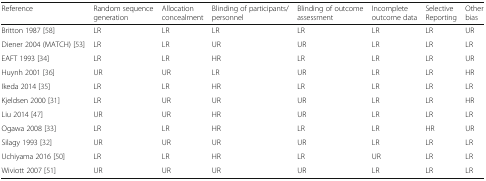
<table><thead><tr><td><b>Reference</b></td><td><b>Random sequence generation</b></td><td><b>Allocation concealment</b></td><td><b>Blinding of participants/personnel</b></td><td><b>Blinding of outcome assessment</b></td><td><b>Incomplete outcome data</b></td><td><b>Selective Reporting</b></td><td><b>Other bias</b></td></tr></thead><tbody><tr><td>Britton 1987 [58]</td><td>LR</td><td>LR</td><td>LR</td><td>LR</td><td>LR</td><td>LR</td><td>UR</td></tr><tr><td>Diener 2004 (MATCH) [53]</td><td>LR</td><td>LR</td><td>UR</td><td>UR</td><td>LR</td><td>LR</td><td>LR</td></tr><tr><td>EAFT 1993 [34]</td><td>LR</td><td>LR</td><td>HR</td><td>LR</td><td>LR</td><td>LR</td><td>UR</td></tr><tr><td>Huynh 2001 [36]</td><td>UR</td><td>UR</td><td>LR</td><td>UR</td><td>LR</td><td>LR</td><td>HR</td></tr><tr><td>Ikeda 2014 [35]</td><td>LR</td><td>LR</td><td>HR</td><td>LR</td><td>LR</td><td>LR</td><td>LR</td></tr><tr><td>Kjeldsen 2000 [31]</td><td>LR</td><td>UR</td><td>UR</td><td>UR</td><td>LR</td><td>LR</td><td>HR</td></tr><tr><td>Liu 2014 [47]</td><td>UR</td><td>UR</td><td>HR</td><td>UR</td><td>LR</td><td>LR</td><td>LR</td></tr><tr><td>Ogawa 2008 [33]</td><td>LR</td><td>LR</td><td>HR</td><td>LR</td><td>LR</td><td>HR</td><td>UR</td></tr><tr><td>Silagy 1993 [32]</td><td>UR</td><td>UR</td><td>UR</td><td>UR</td><td>LR</td><td>LR</td><td>LR</td></tr><tr><td>Uchiyama 2016 [50]</td><td>LR</td><td>LR</td><td>HR</td><td>LR</td><td>UR</td><td>LR</td><td>LR</td></tr><tr><td>Wiviott 2007 [51]</td><td>UR</td><td>UR</td><td>UR</td><td>UR</td><td>LR</td><td>LR</td><td>LR</td></tr></tbody></table>